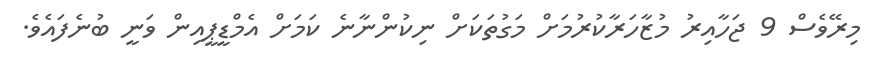
މިރޭވެސް 9 ޖަހާއިރު މުޒާހަރާކުރުމަށް މަގުތަކަށް ނިކުންނާނެ ކަމަށް އެމްޑީޕީއިން ވަނީ ބުނެފައެވެ.